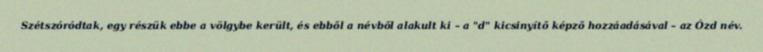
Szétszóródtak, egy részük ebbe a völgybe került, és ebből a névből alakult ki – a "d" kicsinyítő képző hozzáadásával – az Ózd név.